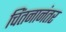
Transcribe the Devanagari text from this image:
चिंतनानंतर